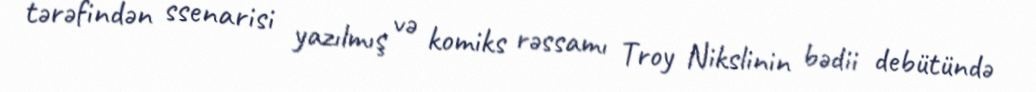
tərəfindən ssenarisi yazılmış və komiks rəssamı Troy Nikslinin bədii debütündə